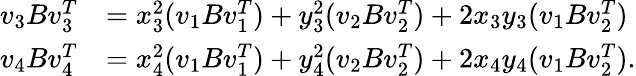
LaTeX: \begin{array}{rl}{v_{3}Bv_{3}^{T}}&{=x_{3}^{2}(v_{1}Bv_{1}^{T})+y_{3}^{2}(v_{2}Bv_{2}^{T})+2x_{3}y_{3}(v_{1}Bv_{2}^{T})}\\ {v_{4}Bv_{4}^{T}}&{=x_{4}^{2}(v_{1}Bv_{1}^{T})+y_{4}^{2}(v_{2}Bv_{2}^{T})+2x_{4}y_{4}(v_{1}Bv_{2}^{T}).}\end{array}